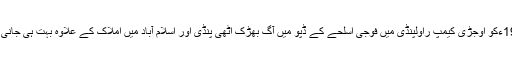
اپریل 1988ءکو اوجڑی کیمپ راولپنڈی میں فوجی اسلحے کے ڈپو میں آگ بھڑک اٹھی پنڈی اور اسلام آباد میں املاک کے علاوہ بہت ہی جانی نقصان ہوا۔